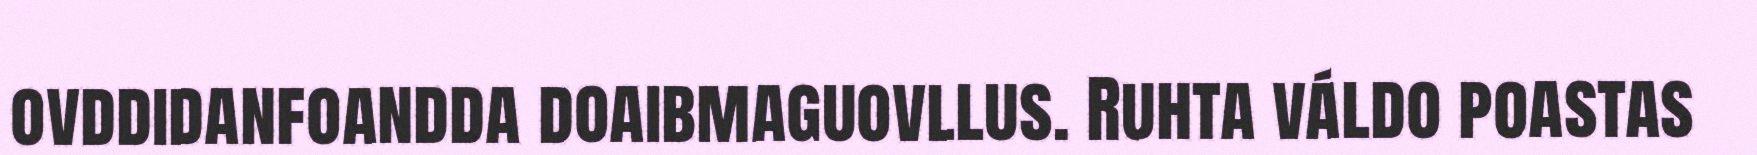
ovddidanfoandda doaibmaguovllus. Ruhta váldo poastas